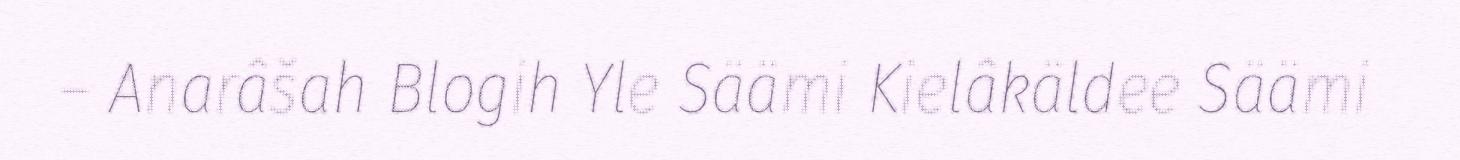
– Anarâšah Blogih Yle Säämi Kielâkäldee Säämi